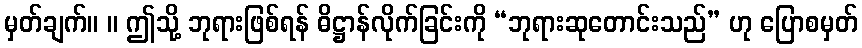
မှတ်ချက်။ ။ ဤသို့ ဘုရားဖြစ်ရန် ဓိဋ္ဌာန်လိုက်ခြင်းကို “ဘုရားဆုတောင်းသည်” ဟု ပြောစမှတ်